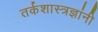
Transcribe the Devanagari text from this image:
तर्कशास्त्रज्ञांनी